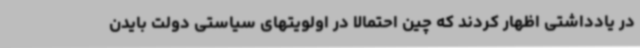
در یادداشتی اظهار کردند که چین احتمالا در اولویتهای سیاستی دولت بایدن